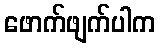
ဖောက်ဖျက်ပါက